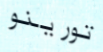
تورينو